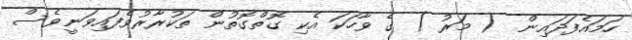
ހަމައެފަދައިން  ( މަރު ) ގެ ވާހަކަ އެކި ގޮތްގޮތުން ތަކުރާރުވެފައިވަނީވެސް